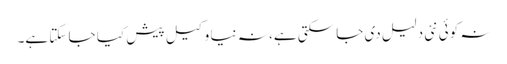
نہ کوئی نئی دلیل دی جا سکتی ہے، نہ نیا وکیل پیش کیا جا سکتا ہے۔